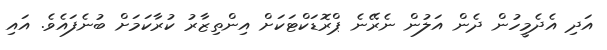
އަދި އެދެމީހުން ދެން އަލުން ނެރޭނެ ޕްރޮޑަކްޓަކަށް އިންތިޒާރު ކުރާކަމަށް ބުނެފައެވެ. އައި